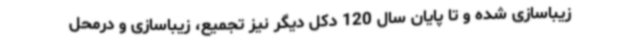
زیباسازی شده و تا پایان سال 120 دکل دیگر نیز تجمیع، زیباسازی و درمحل